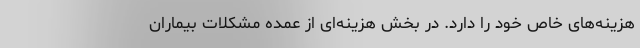
هزینه‌های خاص خود را دارد. در بخش هزینه‌ای از عمده مشکلات بیماران